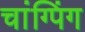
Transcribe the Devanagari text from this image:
चांग्पिंग